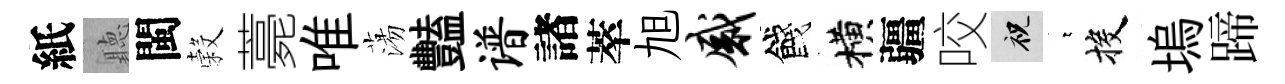
紙聽閩穀薧唯蕩豔谱諸萃旭感餞横疆咬祝萋投塢蹄